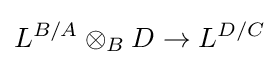
L^{B/A}\otimes _{B}D\to L^{D/C}